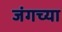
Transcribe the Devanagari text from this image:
जंगच्या